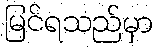
မြင်ရသည်မှာ